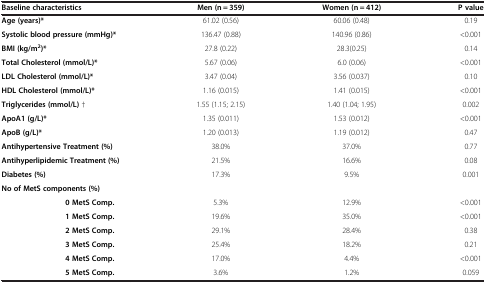
<table><thead><tr><td><b>Baseline characteristics</b></td><td><b>Men (n = 359)</b></td><td><b>Women (n = 412)</b></td><td><b>P value</b></td></tr></thead><tbody><tr><td><b>Age (years)*</b></td><td>61.02 (0.56)</td><td>60.06 (0.48)</td><td>0.19</td></tr><tr><td><b>Systolic blood pressure (mmHg)*</b></td><td>136.47 (0.88)</td><td>140.96 (0.86)</td><td>&lt;0.001</td></tr><tr><td><b>BMI (kg/m</b><sup><b>2</b></sup><b>)*</b></td><td>27.8 (0.22)</td><td>28.3(0.25)</td><td>0.14</td></tr><tr><td><b>Total Cholesterol (mmol/L)*</b></td><td>5.67 (0.06)</td><td>6.0 (0.06)</td><td>&lt;0.001</td></tr><tr><td><b>LDL Cholesterol (mmol/L)*</b></td><td>3.47 (0.04)</td><td>3.56 (0.037)</td><td>0.10</td></tr><tr><td><b>HDL Cholesterol (mmol/L)*</b></td><td>1.16 (0.015)</td><td>1.41 (0.015)</td><td>&lt;0.001</td></tr><tr><td><b>Triglycerides (mmol/L)</b> †</td><td>1.55 (1.15; 2.15)</td><td>1.40 (1.04; 1.95)</td><td>0.002</td></tr><tr><td><b>ApoA1 (g/L)*</b></td><td>1.35 (0.011)</td><td>1.53 (0.012)</td><td>&lt;0.001</td></tr><tr><td><b>ApoB (g/L)*</b></td><td>1.20 (0.013)</td><td>1.19 (0.012)</td><td>0.47</td></tr><tr><td><b>Antihypertensive Treatment (%)</b></td><td>38.0%</td><td>37.0%</td><td>0.77</td></tr><tr><td><b>Antihyperlipidemic Treatment (%)</b></td><td>21.5%</td><td>16.6%</td><td>0.08</td></tr><tr><td><b>Diabetes (%)</b></td><td>17.3%</td><td>9.5%</td><td>0.001</td></tr><tr><td><b>No of MetS components (%)</b></td><td>[EMPTY_CELL]</td><td>[EMPTY_CELL]</td><td>[EMPTY_CELL]</td></tr><tr><td><b>0 MetS Comp.</b></td><td>5.3%</td><td>12.9%</td><td>&lt;0.001</td></tr><tr><td><b>1 MetS Comp.</b></td><td>19.6%</td><td>35.0%</td><td>&lt;0.001</td></tr><tr><td><b>2 MetS Comp.</b></td><td>29.1%</td><td>28.4%</td><td>0.38</td></tr><tr><td><b>3 MetS Comp.</b></td><td>25.4%</td><td>18.2%</td><td>0.21</td></tr><tr><td><b>4 MetS Comp.</b></td><td>17.0%</td><td>4.4%</td><td>&lt;0.001</td></tr><tr><td><b>5 MetS Comp.</b></td><td>3.6%</td><td>1.2%</td><td>0.059</td></tr></tbody></table>